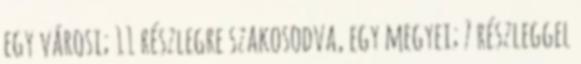
egy városi; 11 részlegre szakosodva, egy megyei; 7 részleggel